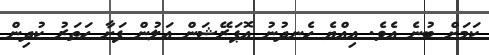
ކަމަށް ބުނެ އެވެ. އިއްޔެ ހެނދުނު އޮޕަރޭޝަން އަލުން ފަށާ ހަތަރު ކުދިން